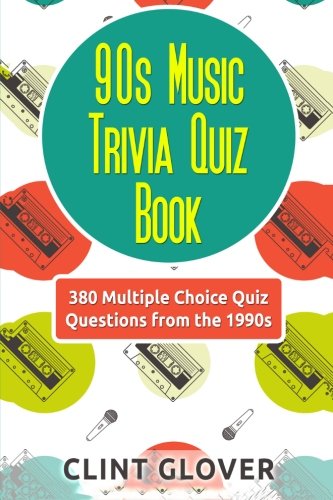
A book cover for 90s Music Trivia Quiz Book: 380 Multiple Choice Quiz Questions from the 1990s (Music Trivia Quiz Book - 1990s Music Trivia) (Volume 4); Clint Glover; Humor & Entertainment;